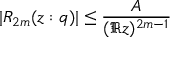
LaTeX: | R _ { 2 m } ( z : q ) | \leq \frac { A } { ( \Re z ) ^ { 2 m - 1 } }